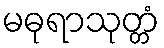
မဓုရာသုတ္တံ